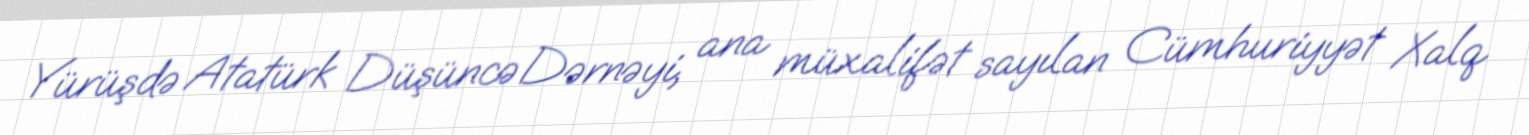
Yürüşdə Atatürk Düşüncə Dərnəyi, ana müxalifət sayılan Cümhuriyyət Xalq